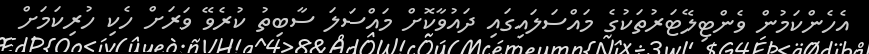
އެހެންކަމުން ވެންޓިލޭޓަރުތަކުގެ މައްސަލައިގައި ދައުވާކޮށް މައްސަލަ ސާބިތު ކުރެވޭ ވަރަށް ހެކި ހުރިކަމަށް